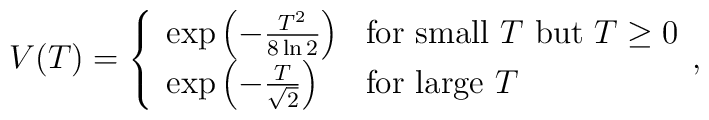
V(T)=\left\{\begin{array}{ll}\exp\left(-\frac{T^{2}}{8\ln 2}\right) & \mbox{for small $T$ but $T\ge 0$} \\\exp\left(-\frac{T}{\sqrt{2}}\right) & \mbox{for large $T$}\end{array},\right.